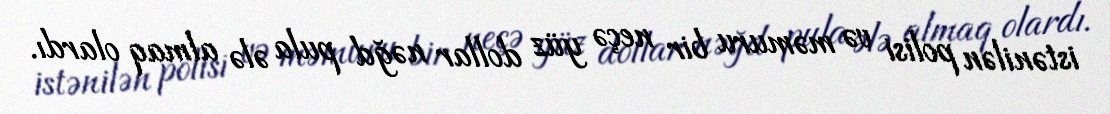
istənilən polisi və məmuru bir neçə yüz dollar nəğd pula ələ almaq olardı.